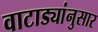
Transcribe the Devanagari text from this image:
वाटाड्यांनुसार